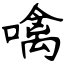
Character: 噙